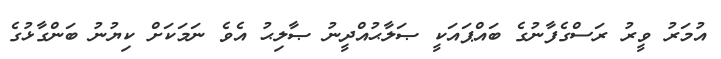
އުމަރު ވީރު ރަސްގެފާނުގެ ބައްޕައަކީ ޞަލާޙުއްދީނު ޞާލިޙު އެވެ ނަމަކަށް ކިޔުނު ބަންގާޅުގެ